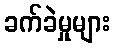
ခက်ခဲမှုများ